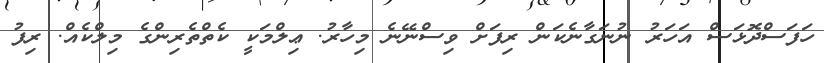
ހަފަސްދޮޅަސް އަހަރު ނުނަގާނެކަން ރިފަށް ވިސްނޭނެ މިހާރު. ޢިލްމަކީ ކެތްތެރިންގެ މިލްކެއް. ރިފު